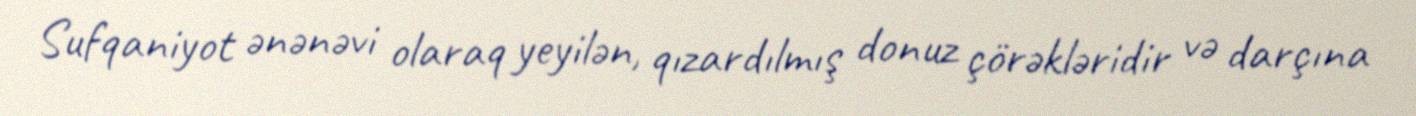
Sufqaniyot ənənəvi olaraq yeyilən, qızardılmış donuz çörəkləridir və darçına